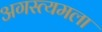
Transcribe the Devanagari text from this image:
अगस्त्यमला